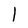
Character: l